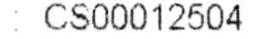
: CS00012504